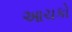
આચકો